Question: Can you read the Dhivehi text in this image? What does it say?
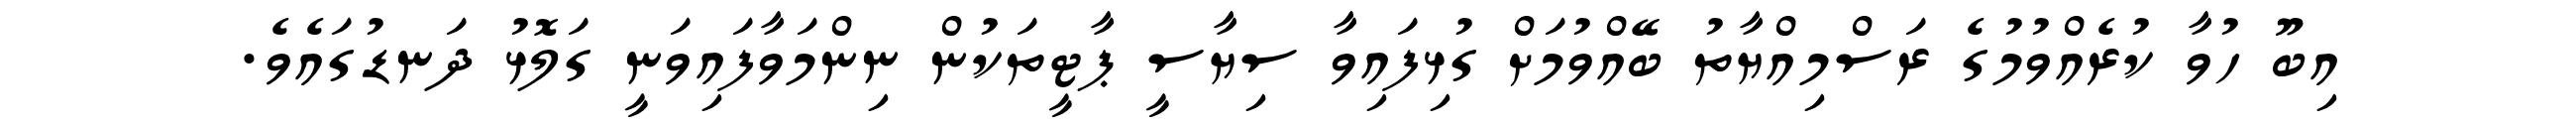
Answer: އިބޫ ހުވާ ކުރެއްވުމުގެ ރަސްމިއްޔާތު ބޭއްވުމަށް ގުޅިފައިވާ ސިޔާސީ ޕާޓީތަކުން ނިންމަވާފައިވަނީ ގަލޮޅު ދަނޑުގައެވެ.